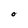
Character: O